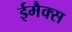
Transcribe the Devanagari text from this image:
ईमैक्स